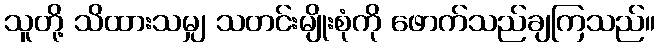
သူတို့ သိထားသမျှ သတင်းမျိုးစုံကို ဖောက်သည်ချကြသည်။